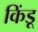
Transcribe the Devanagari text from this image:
किंडू